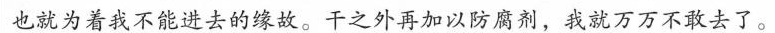
也就为着我不能进去的缘故。干之外再加以防腐剂，我就万万不敢去了。